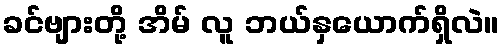
ခင်ဗျားတို့ အိမ် လူ ဘယ်နှယောက်ရှိလဲ။